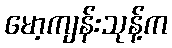
မော့ကျန်းသုန့်က